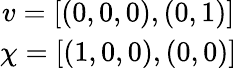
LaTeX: \begin{array}{c}{{v=[(0,0,0),(0,1)]}}\\ {{\chi=[(1,0,0),(0,0)]}}\end{array}